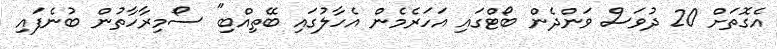
އެގޮތަށް 20 ދުވަސް ވަންދެން ބޯޓްގައި އަހަރެމެން އެހާލުގައި ބޭތިއްބި" ސޯމިރާހާތުން ބުނެފައި